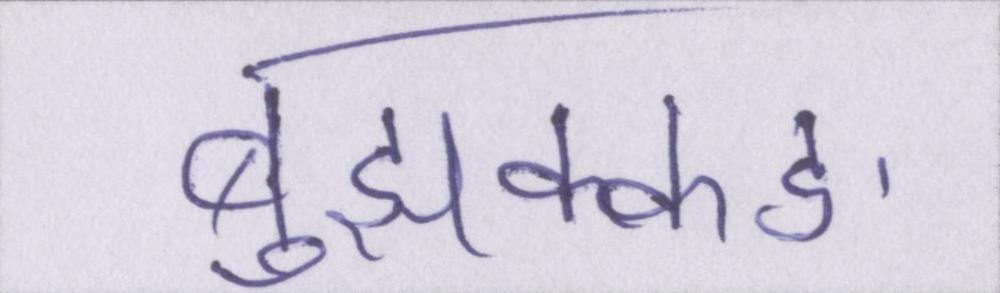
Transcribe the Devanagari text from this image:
बुझक्कङ